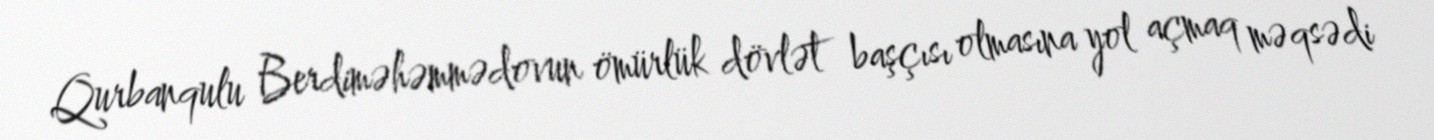
Qurbanqulu Berdiməhəmmədovun ömürlük dövlət başçısı olmasına yol açmaq məqsədi